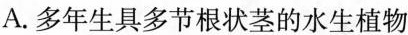
A. 多年生具多节根状茎的水生植物